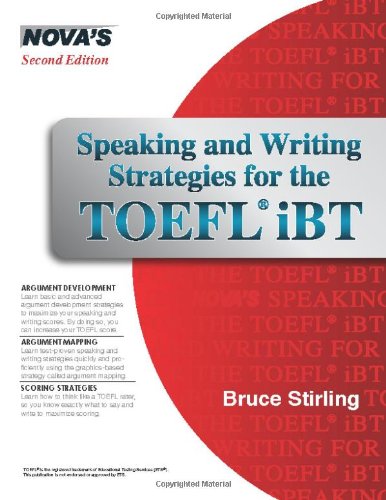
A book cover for Speaking and Writing Strategies for the TOEFL iBT (Book & Audio CD); Bruce Stirling; Test Preparation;